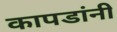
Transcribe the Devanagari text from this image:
कापडांनी